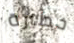
خطيرة